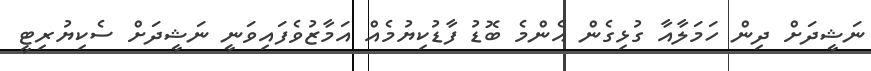
ނަޝީދަށް ދިން ހަމަލާއާ ގުޅިގެން އެންމެ ބޮޑު ފާޑުކިޔުމެއް އަމާޒުވެފައިވަނީ ނަޝީދަށް ސެކިޔުރިޓީ